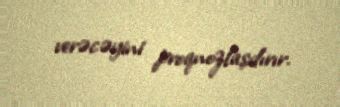
verəcəyini proqnozlaşdırır.